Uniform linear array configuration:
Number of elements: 48
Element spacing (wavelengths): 0.75
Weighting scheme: hamming
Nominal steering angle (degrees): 30
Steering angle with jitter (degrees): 29.762
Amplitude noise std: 0.05
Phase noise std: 0.05

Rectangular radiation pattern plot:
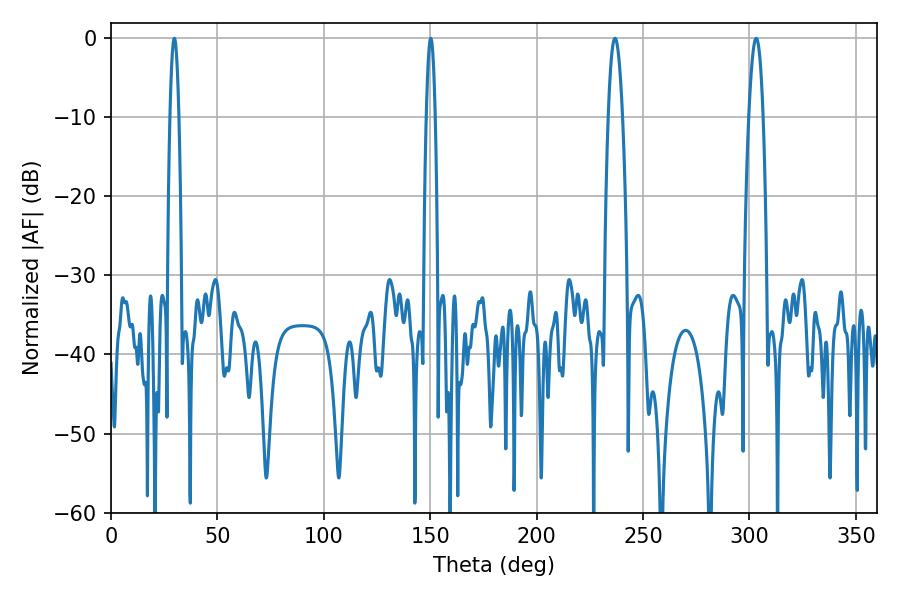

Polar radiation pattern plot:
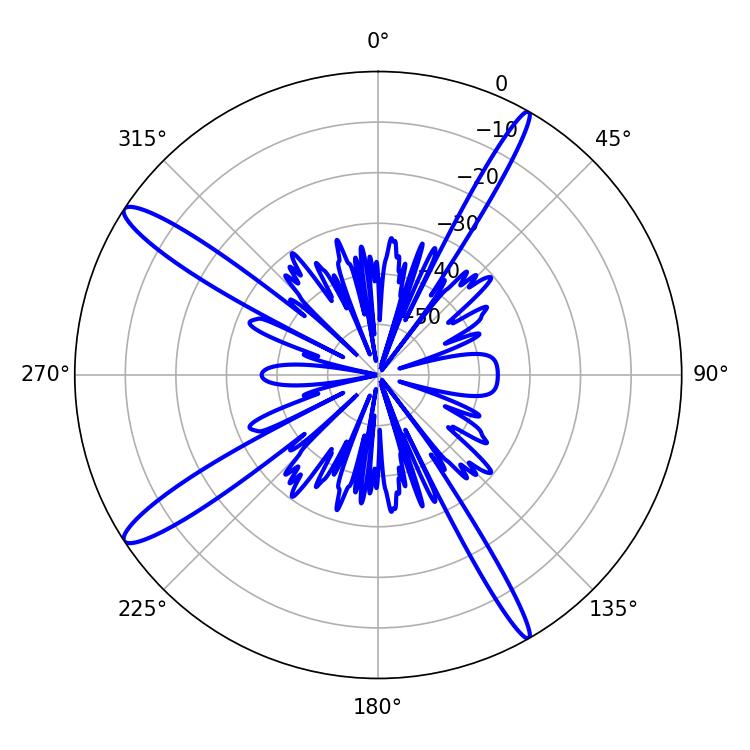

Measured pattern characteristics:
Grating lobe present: TRUE
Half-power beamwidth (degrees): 3.6
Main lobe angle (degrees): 303.12